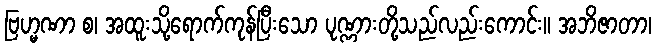
ဗြဟ္မဏာ စ၊ အထူးသို့ရောက်ကုန်ပြီးသော ပုဏ္ဏားတို့သည်လည်းကောင်း။ အဘိဇာတာ၊